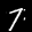
Label: 7